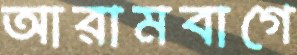
আরামবাগে